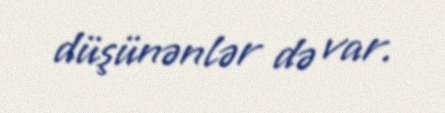
düşünənlər də var.